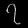
Digit: ၇